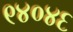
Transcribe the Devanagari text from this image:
९४०४६